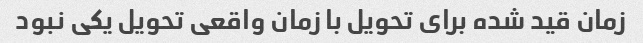
زمان قید شده برای تحویل با زمان واقعی تحویل یکی نبود